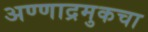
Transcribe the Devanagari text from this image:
अण्णाद्रमुकचा